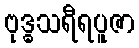
ဗုဒ္ဓသရီရပူဇာ